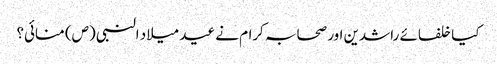
کیا خلفائے راشدین اور صحابہ کرام نے عید میلاد النبی (ص) منائی؟